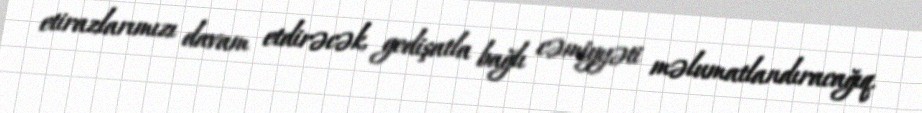
etirazlarımızı davam etdirəcək, gedişatla bağlı cəmiyyəti məlumatlandıracağıq.